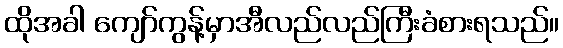
ထိုအခါ ကျော်ကွန့်မှာအီလည်လည်ကြီးခံစားရသည်။